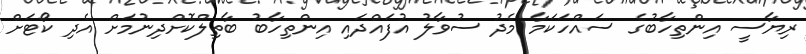
ރިޔާސީ އިންތިހާބުގެ ސައްހަކަމާ މެދު ސުވާލު އުފައްދައި އިންތިހާބު ބާތިލްކޮށްދިނުމަށް އެދި ކޯޓަށް